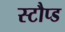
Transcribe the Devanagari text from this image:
स्टौप्ड